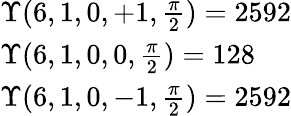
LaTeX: \begin{array}{ll}{\Upsilon(6,1,0,+1,\frac{\pi}{2})=2592}\\ {\Upsilon(6,1,0,0,\frac{\pi}{2})=128}\\ {\Upsilon(6,1,0,-1,\frac{\pi}{2})=2592}\end{array}